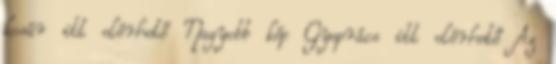
kosár itt elérhető Nagyobb kép Gyeprács itt elérhető Az